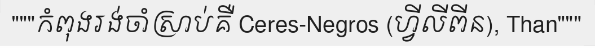
"""កំពុងរង់ចាំស្រាប់គឺ Ceres-Negros (ហ្វីលីពីន), Than"""